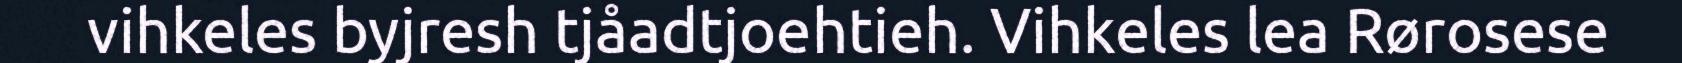
vihkeles byjresh tjåadtjoehtieh. Vihkeles lea Rørosese